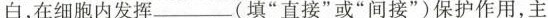
白，在细胞内发挥_(填”直接”或”间接”)保护作用，主